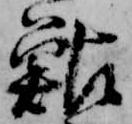
鮎